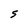
Character: 5